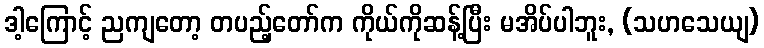
ဒါ့ကြောင့် ညကျတော့ တပည့်တော်က ကိုယ်ကိုဆန့်ပြီး မအိပ်ပါဘူး, (သဟသေယျ)